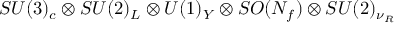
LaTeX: S U ( 3 ) _ { c } \otimes S U ( 2 ) _ { L } \otimes U ( 1 ) _ { Y } \otimes S O ( N _ { f } ) \otimes S U ( 2 ) _ { \nu _ { R } }